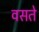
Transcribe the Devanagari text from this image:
वसते